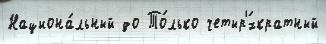
Национа́льный до То́лько четыр'́хкратный